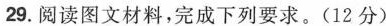
29.阅读图文材料，完成下列要求。(12分)